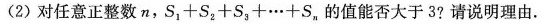
(2)对任意正整数n，S_{1}+S_{2}+S_{3}+…+S_{n}的值能否大于3?请说明理由。